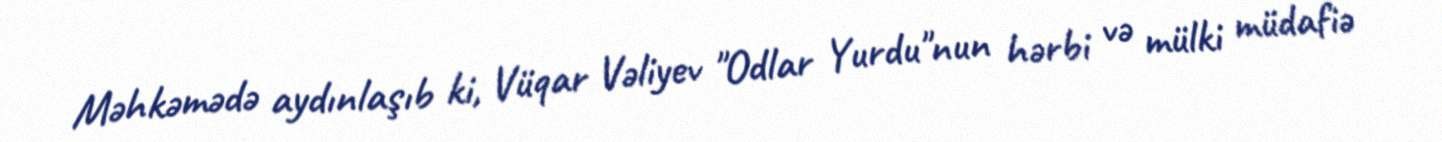
Məhkəmədə aydınlaşıb ki, Vüqar Vəliyev "Odlar Yurdu"nun hərbi və mülki müdafiə